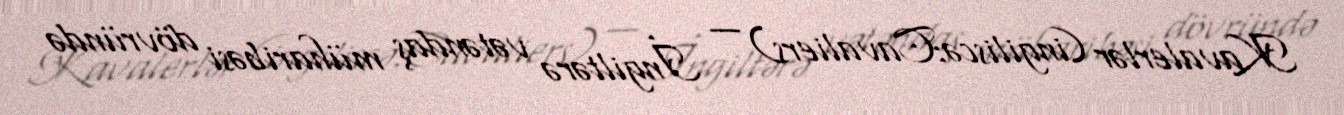
Kavalerlər (ingiliscə:Cavaliers) — İngiltərə vətəndaş müharibəsi dövründə